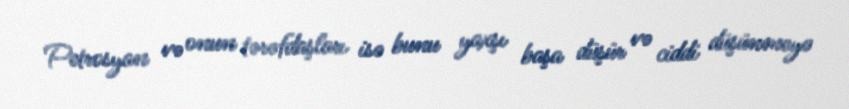
Petrosyan və onun tərəfdaşları isə bunu yaxşı başa düşür və ciddi düşünməyə